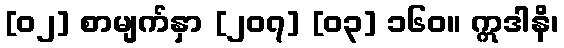
[၀၂] စာမျက်နှာ [၂၀၇] [၀၃] ၁၆၀။ ဣဒါနိ၊